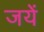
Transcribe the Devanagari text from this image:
जयें